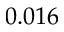
0 . 0 1 6